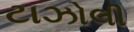
ટાઝોલી